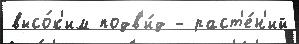
высо́к'им подв'и́д - раст'е́н'ий